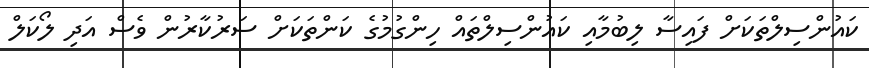
ކައުންސިލްތަކަށް ފައިސާ ލިބުމާއި ކައުންސިލްތައް ހިންގުމުގެ ކަންތަކަށް ސަރުކާރުން ވެސް އަދި ލޯކަލް